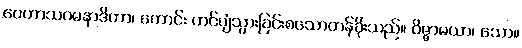
ဝေဟာသဂမနာဒိကာ၊ ကောင်း ကင်ပျံသွားခြင်းစသောတန်ခိုးသည်။ ဝိဇ္ဇာမယာ၊ သော။